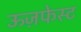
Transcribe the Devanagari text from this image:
ऊज़फेस्ट